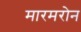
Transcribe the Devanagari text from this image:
मारमरोन